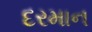
દરમાન